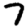
Digit: 7